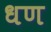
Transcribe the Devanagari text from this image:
धण